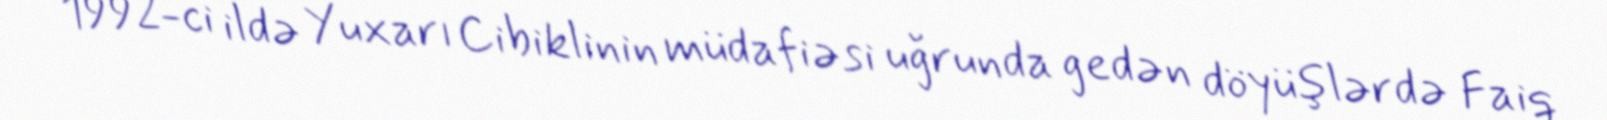
1992-ci ildə Yuxarı Cibiklinin müdafiəsi uğrunda gedən döyüşlərdə Faiq